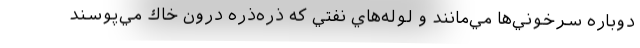
دوباره سرخوني‌ها مي‌مانند و لوله‌هاي نفتي كه ذره‌ذره درون خاك مي‌پوسند